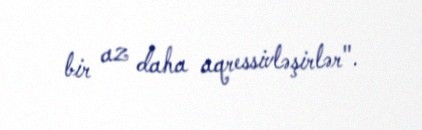
bir az daha aqressivləşirlər".